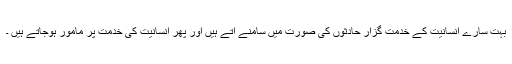
بہت سارے انسانیت کے خدمت گزار حادثوں کی صورت میں سامنے آتے ہیں اور پھر انسانیت کی خدمت پر مامور ہوجاتے ہیں ۔